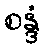
စန္ဒံ